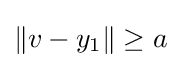
\left\|v-y_{1}\right\|\geq a